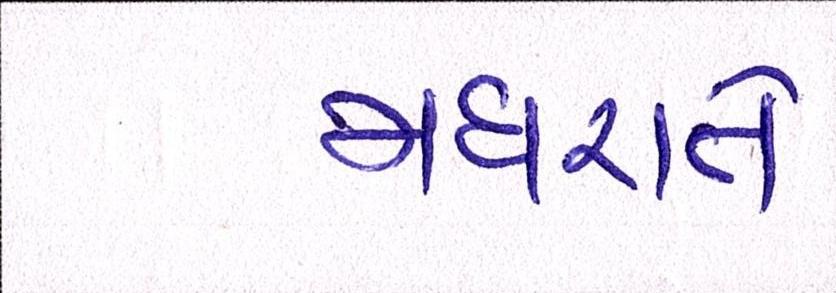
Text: મધરાતે